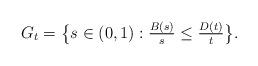
LaTeX: \begin{align*}G_t = \bigl\{ s\in(0,1): \tfrac{B(s)}{s} \le \tfrac{D(t)}{t} \bigr\}.\end{align*}